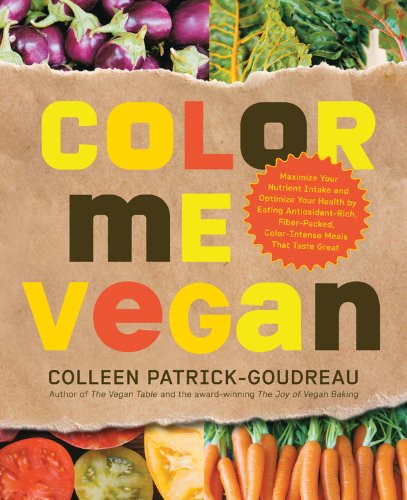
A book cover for Color Me Vegan: Maximize Your Nutrient Intake and Optimize Your Health by Eating Antioxidant-Rich, Fiber-Packed, Color-Intense Meals That Taste Great; Colleen Patrick-Goudreau; Health, Fitness & Dieting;